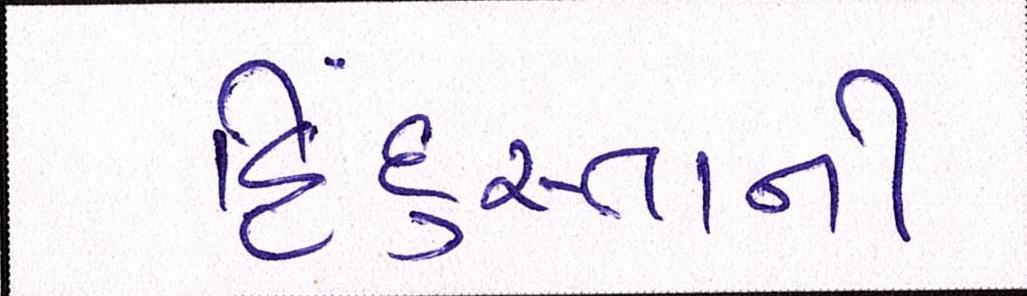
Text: હિંદુસ્તાની